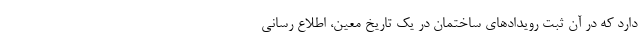
دارد که در آن ثبت رویدادهای ساختمان در یک تاریخ معین، اطلاع رسانی